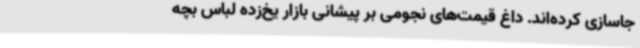
جاسازی کرده‌اند. داغ قیمت‌های نجومی بر پیشانی بازار یخ‌زده لباس بچه